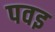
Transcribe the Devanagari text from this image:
पवइ